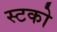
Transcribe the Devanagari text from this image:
स्टको